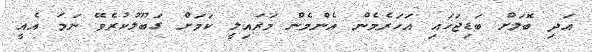
އަދި ބޮލަށް ބަޑިޖަހައި އަހަރެމެން އެންމެން މަރައިލީ ކަމަށް ގަބޫލުކުރެވޭ ނަމަ އެއީ